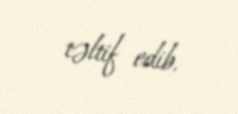
təltif edib.